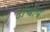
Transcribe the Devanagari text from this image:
ढाँचीय